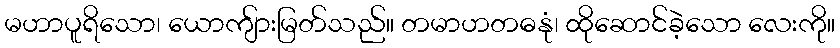
မဟာပူရိသော၊ ယောကျ်ားမြတ်သည်။ တမာဟတဓနုံ၊ ထိုဆောင်ခဲ့သော လေးကို။